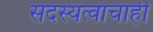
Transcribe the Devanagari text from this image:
सदस्यत्वाचाही